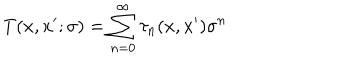
LaTeX: T ( x , x ^ { \prime } ; \sigma ) = \sum _ { n = 0 } ^ { \infty } \tau _ { n } ( x , x ^ { \prime } ) \sigma ^ { n }